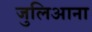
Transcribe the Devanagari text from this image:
जुलिआना